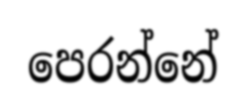
පෙරන්නේ